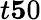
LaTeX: t\le 50